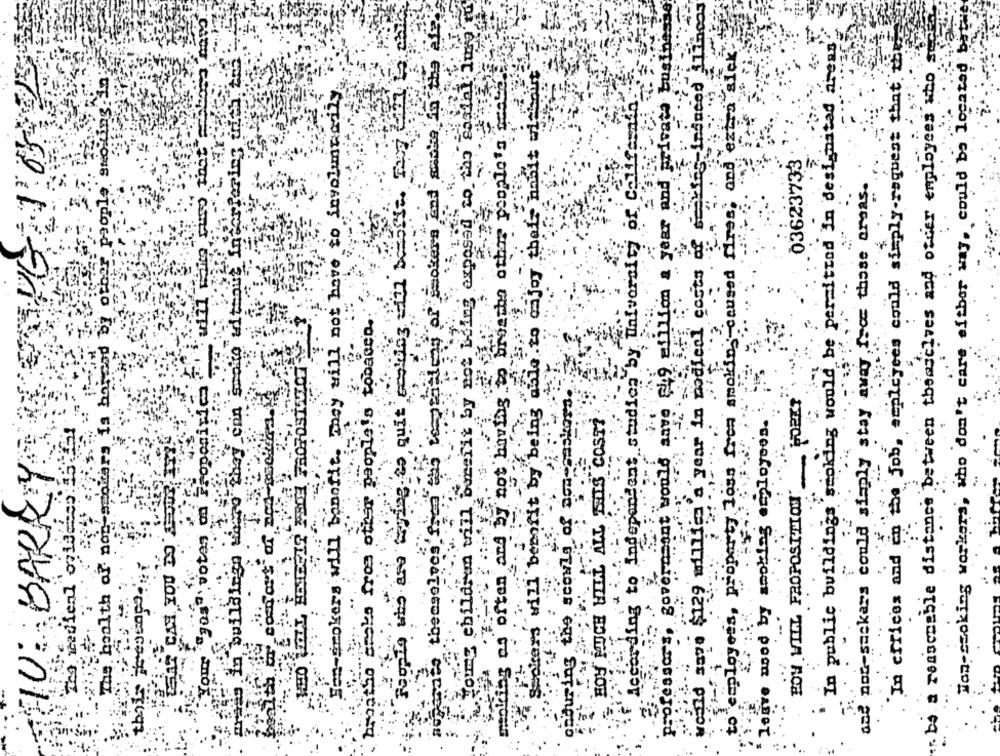
Non-smoking workers, who don't care either way, could be located but
In public buildings smoking would be permitted in designited areas
ok
In effices and in the job, septeyees could simply request that th
ba a reasonable distance between themselves and order employees who
to employees, property loss frem smokin, caused fires, and extra si
Young children will benefit by not being exposed to the east
According to Independent studios by University of Califesn'
Smokers will benefit by being able to enjoy their habit w
03623733
And not-sackars could simply stay away from those areas.
ed
:.
HOW WILL PROPOSITION POERT
Votes on Proponi
a medical onie
The health of non-smokers
EU : BARRY
FOED Sono
LESOS SIESI TIV TITA BRIGH ROH
orion charging of Ges
· concre-non so binGas cat SupEngel
pourput-Series no sabes Toappen af took a GiftLia GET4 FREE PHcon